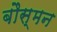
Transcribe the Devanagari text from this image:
बौस्मन